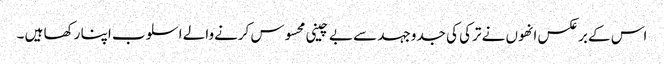
اس کے برعکس انھوں نے ترکی کی جدوجہد سے بے چینی محسوس کرنےوالے اسلوب اپنا رکھا ہیں ۔